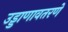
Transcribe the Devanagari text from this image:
उड्डाणावतरणे